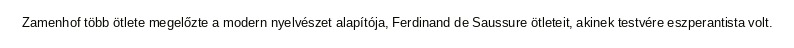
Zamenhof több ötlete megelőzte a modern nyelvészet alapítója, Ferdinand de Saussure ötleteit, akinek testvére eszperantista volt.